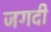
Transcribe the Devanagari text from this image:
जिंगदी